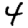
Digit: 4